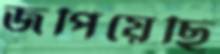
জপিয়েছি